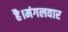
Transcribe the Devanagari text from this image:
है।मंगलवार